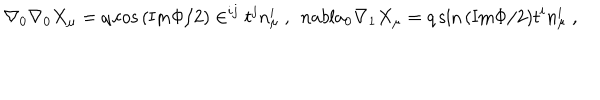
\nabla _ { 0 } \nabla _ { 0 } X _ { \mu } = q \cos { ( \mathrm { I m } \Phi / 2 ) } \in ^ { i j } t ^ { j } n _ { \mu } ^ { i } \ , \ \, n a b l a _ { 0 } \nabla _ { 1 } X _ { \mu } = q \sin { ( \mathrm { I m } \Phi / 2 ) } t ^ { i } n _ { \mu } ^ { i } \ ,